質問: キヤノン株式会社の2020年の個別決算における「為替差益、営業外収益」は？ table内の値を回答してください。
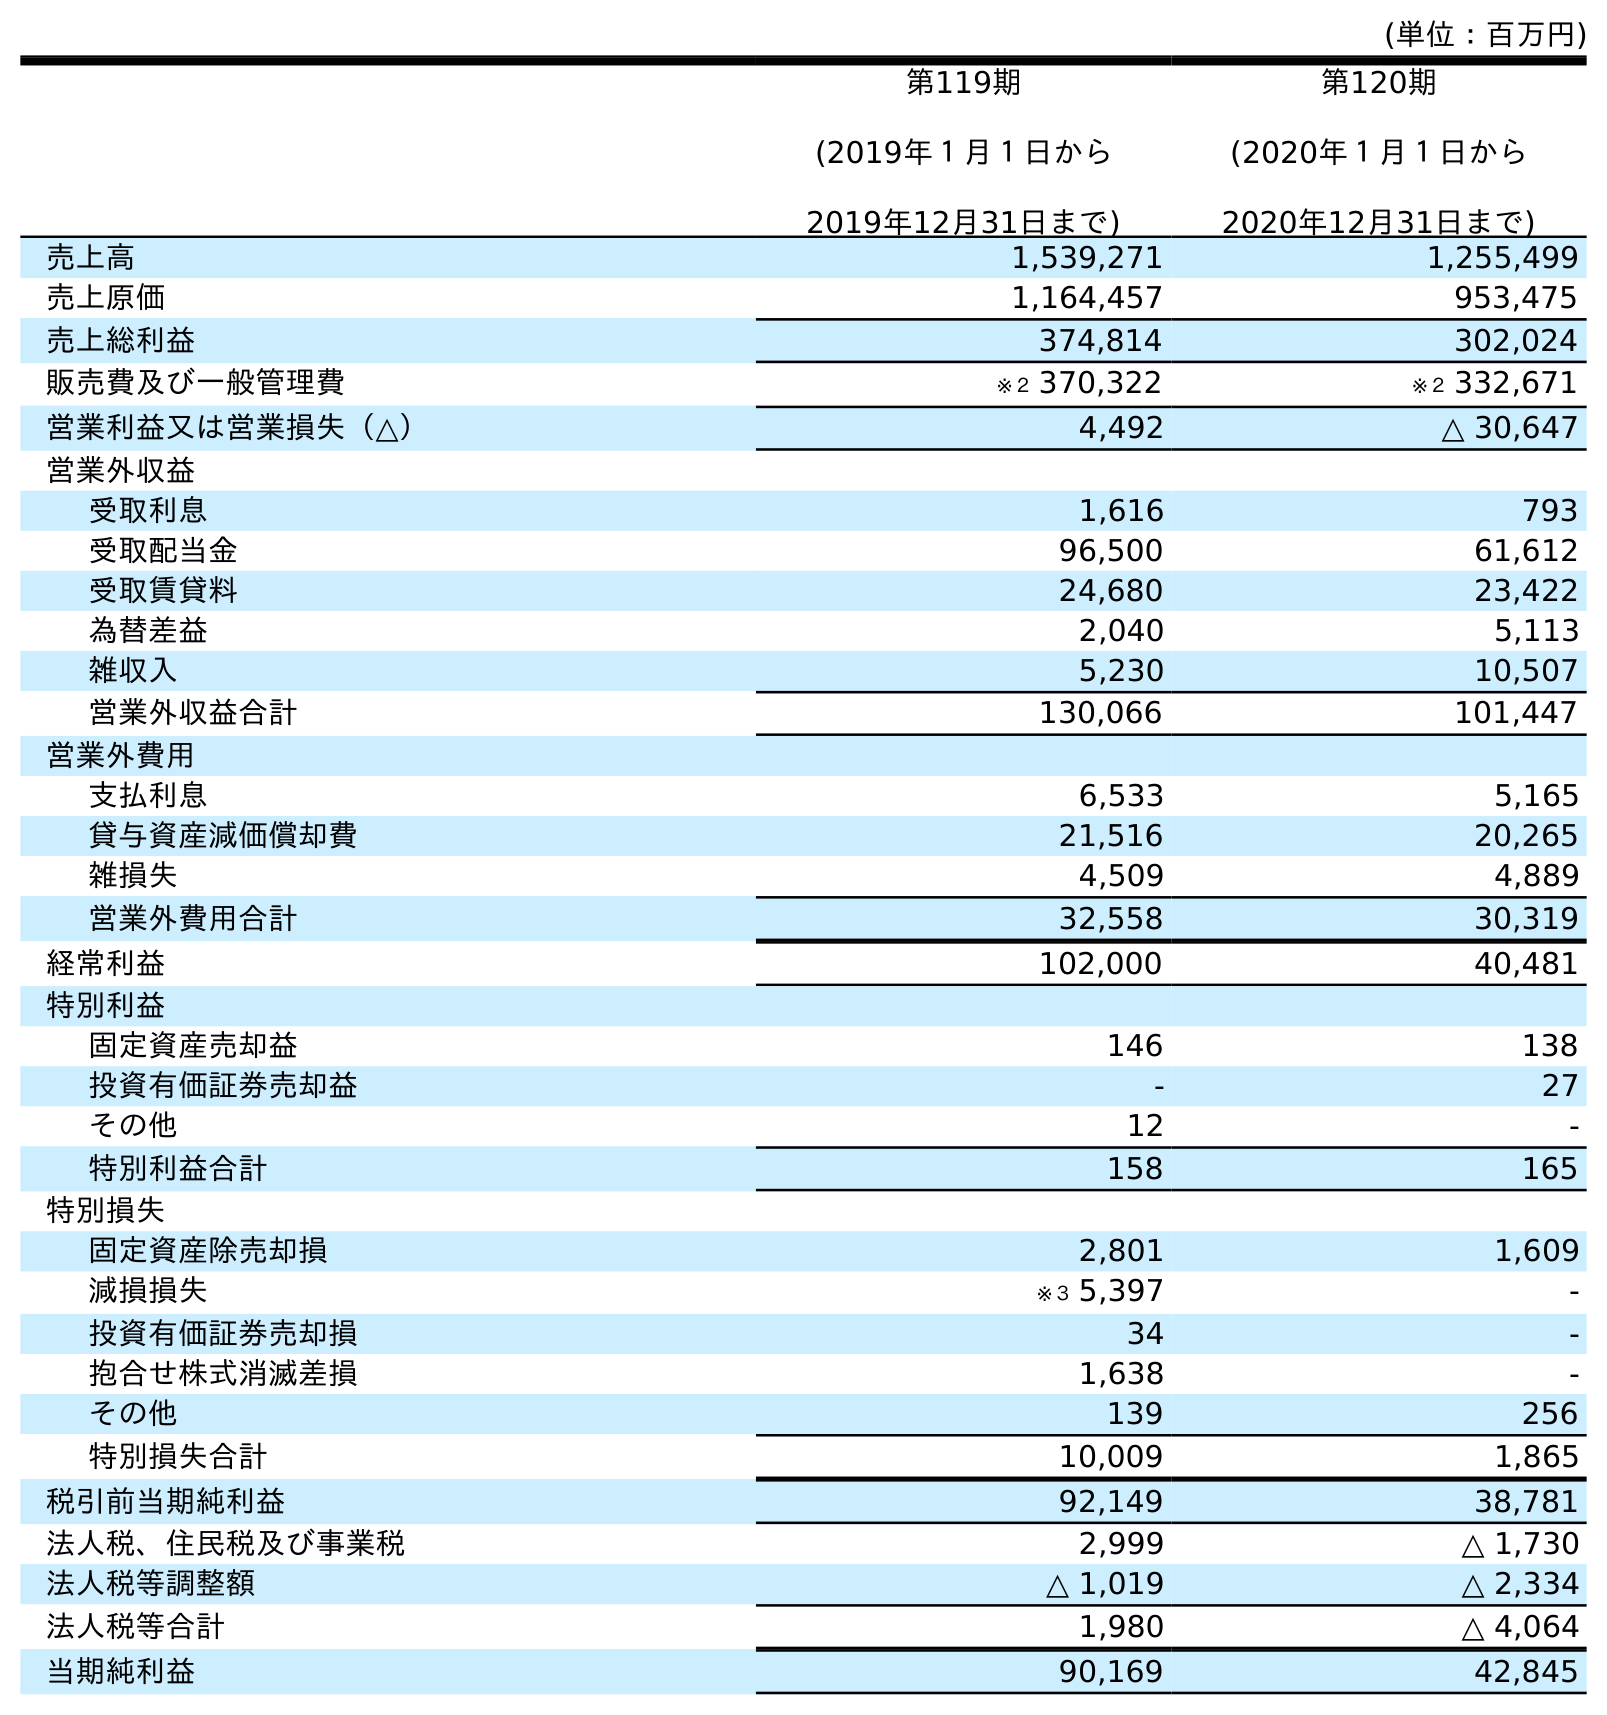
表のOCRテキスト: (単位：百万円) 第119期 (2019年１月１日から 2019年12月31日まで) 第120期 (2020年１月１日から 2020年12月31日まで) 売上高 1,539,271 1,255,499 売上原価 1,164,457 953,475 売上総利益 374,814 302,024 販売費及び一般管理費 ※２ 370,322 ※２ 332,671 営業利益又は営業損失（△） 4,492 △ 30,647 営業外収益 受取利息 1,616 793 受取配当金 96,500 61,612 受取賃貸料 24,680 23,422 為替差益 2,040 5,113 雑収入 5,230 10,507 営業外収益合計 130,066 101,447 営業外費用 支払利息 6,533 5,165 貸与資産減価償却費 21,516 20,265 雑損失 4,509 4,889 営業外費用合計 32,558 30,319 経常利益 102,000 40,481 特別利益 固定資産売却益 146 138 投資有価証券売却益 - 27 その他 12 - 特別利益合計 158 165 特別損失 固定資産除売却損 2,801 1,609 減損損失 ※３ 5,397 - 投資有価証券売却損 34 - 抱合せ株式消滅差損 1,638 - その他 139 256 特別損失合計 10,009 1,865 税引前当期純利益 92,149 38,781 法人税、住民税及び事業税 2,999 △ 1,730 法人税等調整額 △ 1,019 △ 2,334 法人税等合計 1,980 △ 4,064 当期純利益 90,169 42,845
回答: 5,113